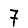
Digit: 7